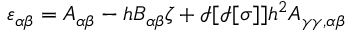
\varepsilon _ { \alpha \beta } = A _ { \alpha \beta } - h B _ { \alpha \beta } \zeta + \mathcal { I } [ \mathcal { I } [ \sigma ] ] h ^ { 2 } A _ { \gamma \gamma , \alpha \beta }